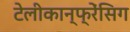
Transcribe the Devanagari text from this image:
टेलीकान्फ्रेंसिग